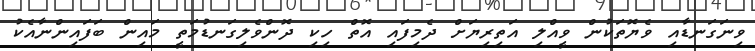
ވިނަގަނޑާއި ވެޔޮތަކުން ވީއްލި އަތިރިޔަށް ދެމިފައި އޮތް ހިކި ދޮންވެލިގަނޑުމަތީ މައިން ބަފައިންނާއެކު